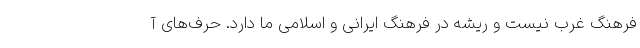
فرهنگ غرب نیست و ریشه در فرهنگ ایرانی و اسلامی ما دارد. حرف‌های آ